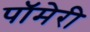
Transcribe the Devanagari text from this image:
पॉमेरी